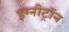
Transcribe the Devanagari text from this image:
इग्नीट्रॉन